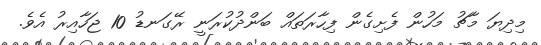
މިދިޔަ މާޗު މަހުން ފެށިގެން ފިހާރަތައް ބަންދުކުރަނީ ރޭގަނޑު 10 ޖަހާއިރު އެވެ.